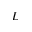
{ \cal L }